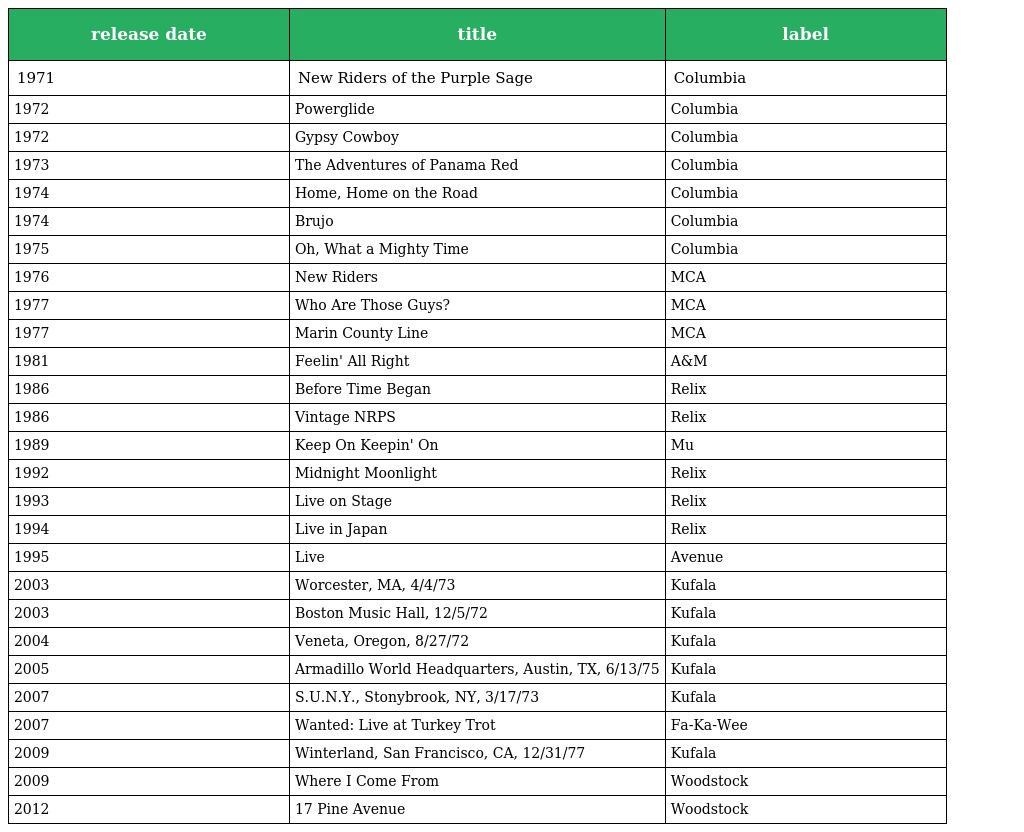
| release date | title | label |
 | --- | --- | --- |
 | 1971 | New Riders of the Purple Sage | Columbia |
 | 1972 | Powerglide | Columbia |
 | 1972 | Gypsy Cowboy | Columbia |
 | 1973 | The Adventures of Panama Red | Columbia |
 | 1974 | Home, Home on the Road | Columbia |
 | 1974 | Brujo | Columbia |
 | 1975 | Oh, What a Mighty Time | Columbia |
 | 1976 | New Riders | MCA |
 | 1977 | Who Are Those Guys? | MCA |
 | 1977 | Marin County Line | MCA |
 | 1981 | Feelin' All Right | A&M |
 | 1986 | Before Time Began | Relix |
 | 1986 | Vintage NRPS | Relix |
 | 1989 | Keep On Keepin' On | Mu |
 | 1992 | Midnight Moonlight | Relix |
 | 1993 | Live on Stage | Relix |
 | 1994 | Live in Japan | Relix |
 | 1995 | Live | Avenue |
 | 2003 | Worcester, MA, 4/4/73 | Kufala |
 | 2003 | Boston Music Hall, 12/5/72 | Kufala |
 | 2004 | Veneta, Oregon, 8/27/72 | Kufala |
 | 2005 | Armadillo World Headquarters, Austin, TX, 6/13/75 | Kufala |
 | 2007 | S.U.N.Y., Stonybrook, NY, 3/17/73 | Kufala |
 | 2007 | Wanted: Live at Turkey Trot | Fa-Ka-Wee |
 | 2009 | Winterland, San Francisco, CA, 12/31/77 | Kufala |
 | 2009 | Where I Come From | Woodstock |
 | 2012 | 17 Pine Avenue | Woodstock |